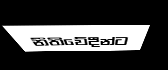
නීතිවේදීන්ට